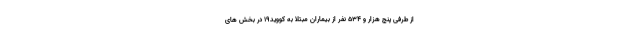
از طرفی پنج هزار و ۵۳۴ نفر از بیماران مبتلا به کووید۱۹ در بخش های